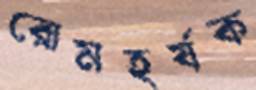
রোমহর্ষক